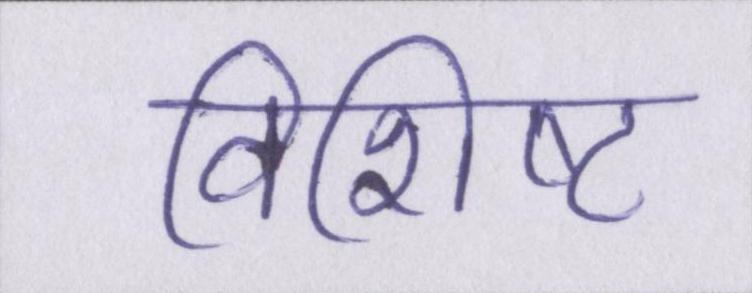
विशिष्ट